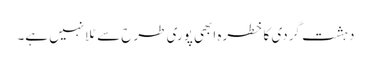
دہشت گردی کا خطرہ ابھی پوری طرح سے ٹلا نہیں ہے۔